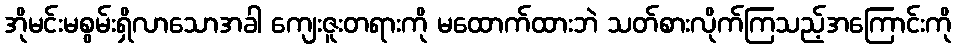
အိုမင်းမစွမ်းရှိလာသောအခါ ကျေးဇူးတရားကို မထောက်ထားဘဲ သတ်စားလိုက်ကြသည့်အကြောင်းကို